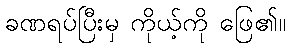
ခဏရပ်ပြီးမှ ကိုယ့်ကို ဖြေ၏။